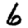
Digit: 6